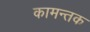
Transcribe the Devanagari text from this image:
कामन्तक